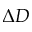
\Delta D